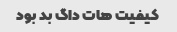
کیفیت هات داگ بد بود